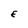
Character: E